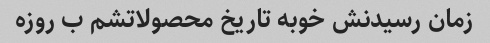
زمان رسیدنش خوبه تاریخ محصولاتشم ب روزه